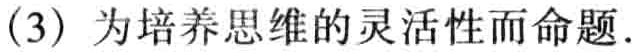
(3) 为培养思维的灵活性而命题.